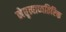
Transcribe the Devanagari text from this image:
नेतृत्वाव्यतिरिक्त